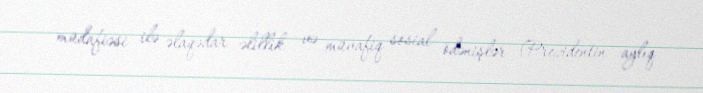
müdafiəsi ilə əlaqədar əlillik və müvafiq sosial ödənişlər (Prezidentin aylıq